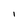
Character: I